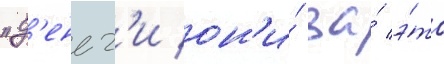
"д'еньг'и он'и́ за́ э́то